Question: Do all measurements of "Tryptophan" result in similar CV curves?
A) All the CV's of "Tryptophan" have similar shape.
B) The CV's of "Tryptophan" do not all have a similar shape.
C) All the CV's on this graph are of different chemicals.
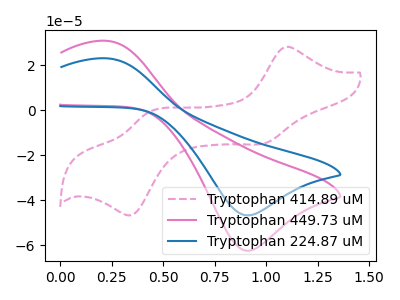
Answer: <think>The pink dashed curve "Tryptophan 414.89 uM" has anodic peaks at (1.10V, 28.10uA) (0.45V, -0.60uA) and cathodic peaks at (1.00V, -14.65uA) (0.35V, -46.50uA). The pink curve "Tryptophan 449.73 uM" has an anodic peak at (0.25V, 30.85uA) and a cathodic peak at (0.90V, -62.55uA). The blue curve "Tryptophan 224.87 uM" has an anodic peak at (0.25V, 23.10uA) and a cathodic peak at (0.90V, -46.75uA).
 "Tryptophan 414.89 uM" and "Tryptophan 449.73 uM" have a different number of peaks. "Tryptophan 414.89 uM" and "Tryptophan 224.87 uM" have a different number of peaks. All the peaks in "Tryptophan 449.73 uM" have a peak in "Tryptophan 224.87 uM" at the same potential. Every peak in "Tryptophan 449.73 uM" is higher than every peak in "Tryptophan 224.87 uM".</think>
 <answer>A) All the CV's of "Tryptophan" have similar shape.</answer>
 <eval>A</eval>